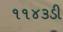
૧૧૪૩ડી